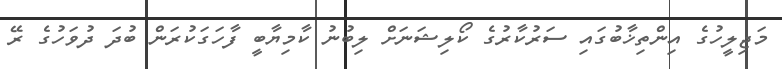
މަޖިލީހުގެ އިންތިޚާބުގައި ސަރުކާރުގެ ކޯލިޝަނަށް ލިބުނު ކާމިޔާބީ ފާހަގަކުރަން ބުދަ ދުވަހުގެ ރޭ